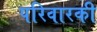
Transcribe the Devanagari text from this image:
परिवारकी